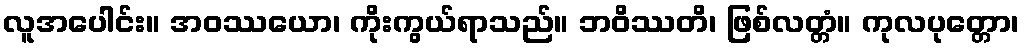
လူအပေါင်း။ အဝဿယော၊ ကိုးကွယ်ရာသည်။ ဘဝိဿတိ၊ ဖြစ်လတ္တံ။ ကုလပုတ္တော၊